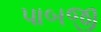
પાબજી